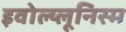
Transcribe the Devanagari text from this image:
इवोल्य्लूनिस्म